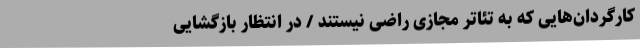
کارگردان‌هایی که به تئاتر مجازی راضی نیستند / در انتظار بازگشایی